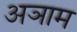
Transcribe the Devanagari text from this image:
अञाम